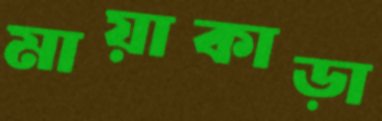
মায়াকাড়া